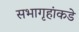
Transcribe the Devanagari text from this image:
सभागृहांकडे